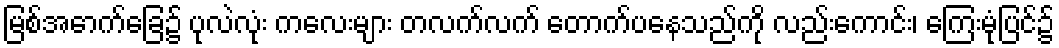
မြစ်အောက်ခြေ၌ ပုလဲလုံး ကလေးများ တလက်လက် တောက်ပနေသည်ကို လည်းကောင်း၊ ကြေးမုံပြင်၌